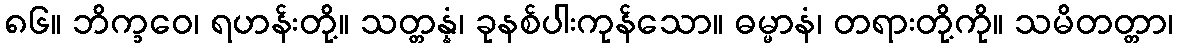
၈၆။ ဘိက္ခဝေ၊ ရဟန်းတို့။ သတ္တန္နံ၊ ခုနစ်ပါးကုန်သော။ ဓမ္မာနံ၊ တရားတို့ကို။ သမိတတ္တာ၊